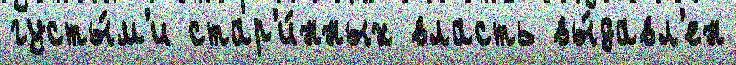
густы́м'и стар'и́нных власть вы́давл'ен